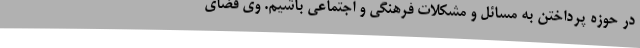
در حوزه پرداختن به مسائل و مشکلات فرهنگی و اجتماعی باشیم. وی فضای